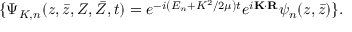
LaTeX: \{ \Psi _ { K , n } ( z , \bar { z } , Z , \bar { Z } , t ) = e ^ { - i \left( E _ { n } + K ^ { 2 } / 2 \mu \right) t } e ^ { i { \bf K } \cdot { \bf R } } \psi _ { n } ( z , \bar { z } ) \} .